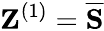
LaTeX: \textbf{Z}^{\left(1\right)}=\overline{{{\textbf{S}}}}